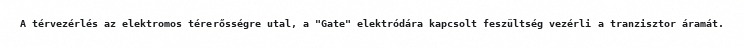
A térvezérlés az elektromos térerősségre utal, a "Gate" elektródára kapcsolt feszültség vezérli a tranzisztor áramát.